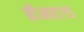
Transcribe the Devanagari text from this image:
बीआर७१५